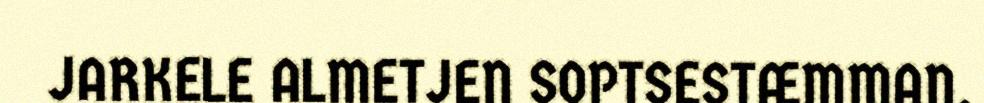
JARKELE ALMETJEN SOPTSESTÆMMAN.